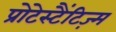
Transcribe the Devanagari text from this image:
प्रोटेस्टैंटिज़्म